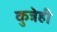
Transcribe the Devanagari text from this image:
कुत्रेही